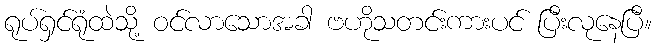
ရုပ်ရှင်ရုံထဲသို့ ဝင်လာသောအခါ ဗဟိုသတင်းကားပင် ပြီးလုနေပြီ။